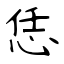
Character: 恁